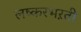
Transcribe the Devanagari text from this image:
लष्करभऱती